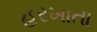
હરખાતા